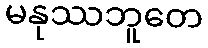
မနုဿဘူတေ